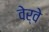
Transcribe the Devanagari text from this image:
वेर्वे